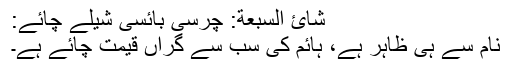
شائ السبعة: چرسی بائسی شیلے چائے:
نام سے ہی ظاہر ہے، ہائم کی سب سے گراں قیمت چائے ہے۔